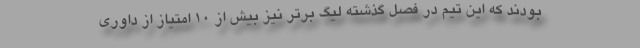
بودند که این تیم در فصل گذشته لیگ برتر نیز بیش از ۱۰ امتیاز از داوری